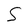
Character: S